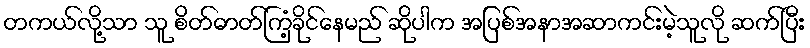
တကယ်လို့သာ သူ စိတ်ဓာတ်ကြံ့ခိုင်နေမည် ဆိုပါက အပြစ်အနာအဆာကင်းမဲ့သူလို ဆက်ပြီး